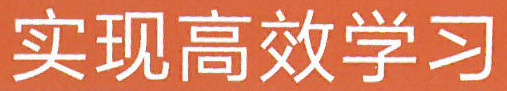
实现高效学习